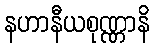
နဟာနီယစုဏ္ဏာနိ